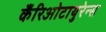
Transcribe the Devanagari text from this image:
कँरिओटायुरेन्स